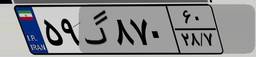
۵۹گ۸۷۰۶۰